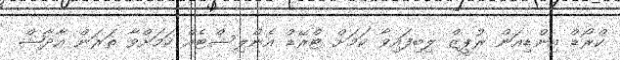
ކްރޯޑް އިންޑިއަން ރުޕީޒް ލިބިފައިވާ ކަމަށް ޓްރޭޑް އެންލިސްޓެއް ކަމަށްވާ ތަރަން އާދާޝް